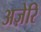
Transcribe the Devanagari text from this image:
अज़ेरि